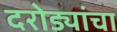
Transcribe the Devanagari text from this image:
दरोड्यांचा